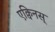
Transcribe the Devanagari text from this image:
एक्विनस्